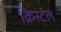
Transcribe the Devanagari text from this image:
क्रिस्‍टल